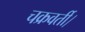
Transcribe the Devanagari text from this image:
चक्रवर्ती।